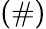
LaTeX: (\# )